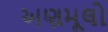
અણમૂલો